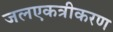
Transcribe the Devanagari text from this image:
जलएकत्रीकरण